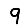
Digit: 9